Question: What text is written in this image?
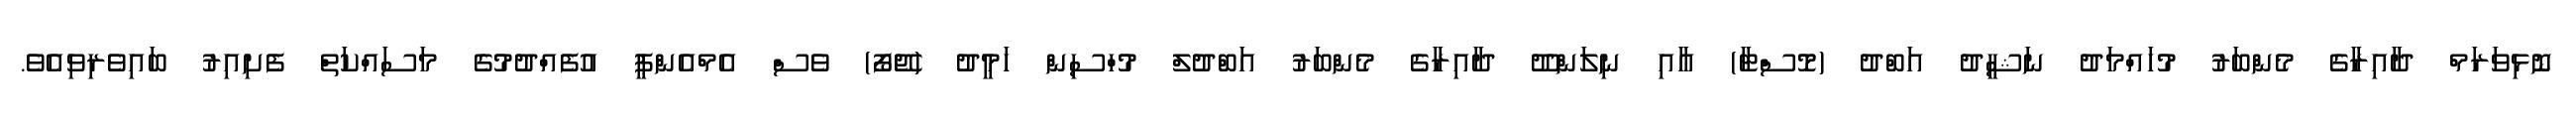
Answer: ނޮޅިވަރަމް ދާއިރާގެ މެންބަރު މުހައްމަދު ނަޝީދު އަބްދު (މޮސްޓާ) އާއި ނިލަންދޫ ދާއިރާގެ މެންބަރު އަބްދުލް މުހްސިން ހަމީދު (ޖޭފޯ) ވެސް އެމްއެންޕީ އުފެއްދުމުގެ މަސައްކަތް ފެށިއިރު ބައިވެރިވިއެވެ.